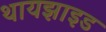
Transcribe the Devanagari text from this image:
थायझाइड